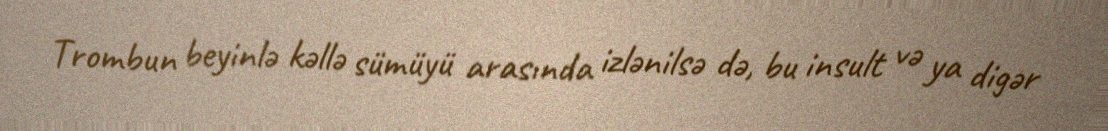
Trombun beyinlə kəllə sümüyü arasında izlənilsə də, bu insult və ya digər